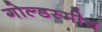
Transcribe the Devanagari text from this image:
गोल्डस्मीथ